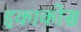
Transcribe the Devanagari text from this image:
इकाकोस